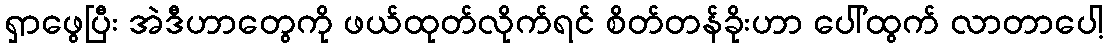
ရှာဖွေပြီး အဲဒီဟာတွေကို ဖယ်ထုတ်လိုက်ရင် စိတ်တန်ခိုးဟာ ပေါ်ထွက် လာတာပေါ့